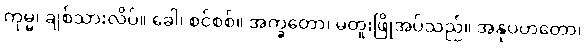
ကုမ္မ၊ ချစ်သားလိပ်။ ခေါ၊ စင်စစ်။ အက္ခတော၊ မတူးဖြိုအပ်သည်။ အနုပဟတော၊